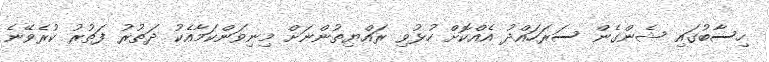
ހިސާބުގައި ޝެންގެން ސަރަހައްދު އެއްކޮށް ހުޅުވި ރައްޔިތުންނަށް މިނިވަންކަމާއެކު ދަތުރު ފަތުރު ކުރެވޭނެ